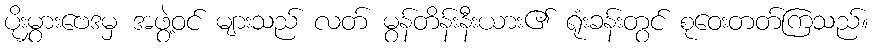
ပိုးမွှားဗေဒမှ အဖွဲ့ဝင် များသည် လတ် မွန်တိန်းနီးယား၏ ရုံးခန်းတွင် စုဝေးတတ်ကြသည်။